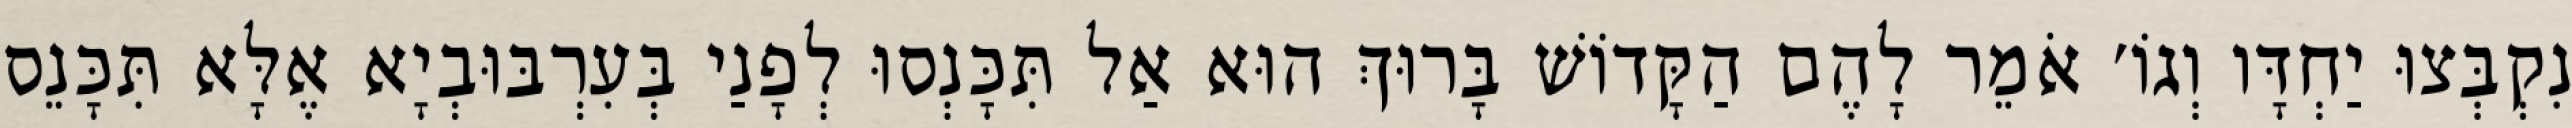
נִקְבְּצוּ יַחְדָּו וְגוֹ׳ אֹמֵר לָהֶם הַקָּדוֹשׁ בָּרוּךְ הוּא אַל תִּכָּנְסוּ לְפָנַי בְּעִרְבּוּבְיָא אֶלָּא תִּכָּנֵס